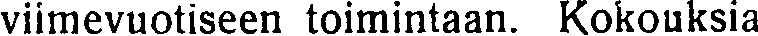
viimevuotiseen toimintaan. Kokouksia